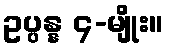
ဥပ္ပန္န ၄-မျိုး။